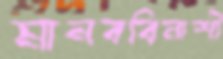
মানববিনাশী